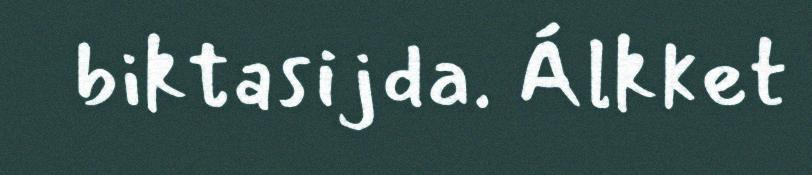
biktasijda. Álkket